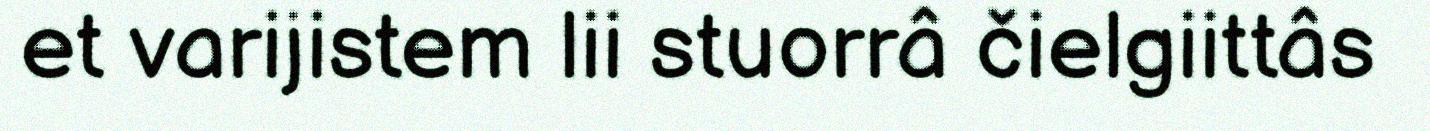
et varijistem lii stuorrâ čielgiittâs